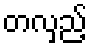
တလှည့်